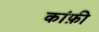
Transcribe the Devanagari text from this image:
कांफ़ी